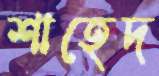
শাহেদ